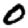
Digit: 0